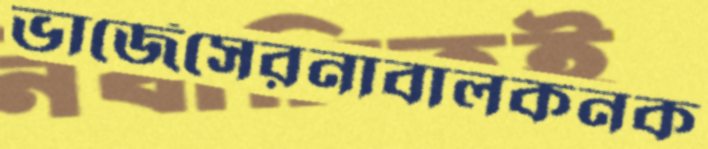
ভার্জেসেরনাবালকনক